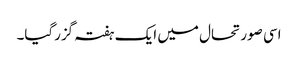
اسی صورتحال میں ایک ہفتہ گزرگیا۔